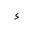
Letter: _hamza